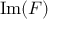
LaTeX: { \mathrm { I m } } ( F )